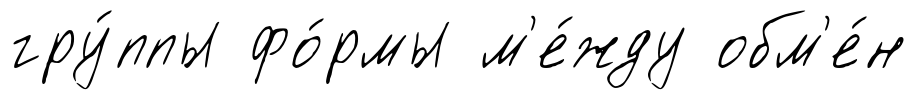
гру́ппы фо́рмы м'е́жду обм'е́н